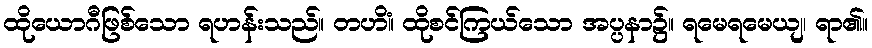
ထိုယောဂီဖြစ်သော ရဟန်းသည်။ တဟိံ။ ထိုစင်ကြယ်သော အပ္ပနာ၌။ ရမေရမေယျ၊ ရာ၏။